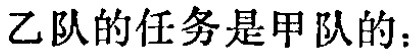
乙队的任务是甲队的：